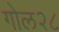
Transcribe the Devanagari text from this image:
गोल२८